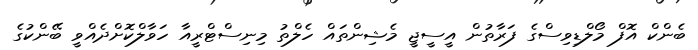
ބެންކް އޮފް މޯލްޑިވިސްގެ ފަރާތުން އީސީޖީ މެޝިންތައް ހެލްތު މިނިސްޓްރީއާ ހަވާލްކޮށްދެއްވީ ބޭންކުގެ